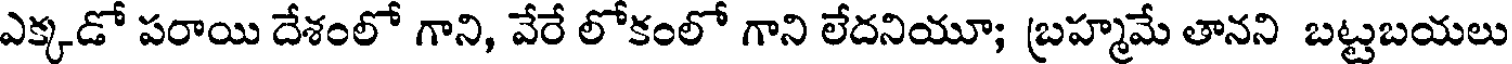
ఎక్కడో పరాయి దేశంలో గాని, వేరే లోకంలో గాని లేదనియూ; బ్రహ్మమే తానని బట్టబయలు